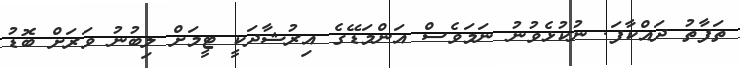
ތަފާތު ދައްކާފަ. ނުކުޅެވުނު ނަމަވެސް އަންމަޑޭގެ އިރުޝާދަކީ ޓީމަށް ލިބުނު ވަރަށް ބޮޑު